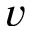
v